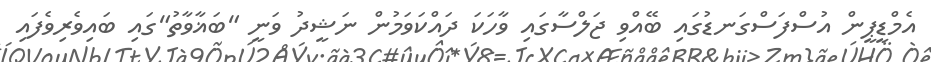
އެމްޑީޕީން އުސްފަސްގަނޑުގައި ބޭއްވި ޖަލްސާގައި ވާހަކަ ދައްކަވަމުން ނަޝީދު ވަނީ "ބަޣާވާތު"ގައި ބައިވެރިވެފައި